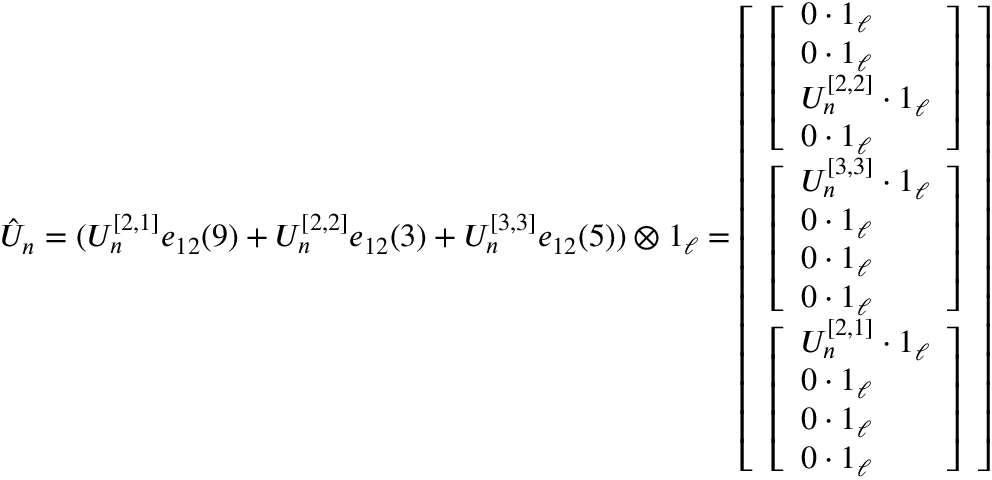
\begin{array} { r } { \hat { U } _ { n } = ( U _ { n } ^ { [ 2 , 1 ] } e _ { 1 2 } ( 9 ) + U _ { n } ^ { [ 2 , 2 ] } e _ { 1 2 } ( 3 ) + U _ { n } ^ { [ 3 , 3 ] } e _ { 1 2 } ( 5 ) ) \otimes 1 _ { \ell } = \left[ \begin{array} { l } { \left[ \begin{array} { l } { 0 \cdot 1 _ { \ell } } \\ { 0 \cdot 1 _ { \ell } } \\ { U _ { n } ^ { [ 2 , 2 ] } \cdot 1 _ { \ell } } \\ { 0 \cdot 1 _ { \ell } } \end{array} \right] } \\ { \left[ \begin{array} { l } { U _ { n } ^ { [ 3 , 3 ] } \cdot 1 _ { \ell } } \\ { 0 \cdot 1 _ { \ell } } \\ { 0 \cdot 1 _ { \ell } } \\ { 0 \cdot 1 _ { \ell } } \end{array} \right] } \\ { \left[ \begin{array} { l } { U _ { n } ^ { [ 2 , 1 ] } \cdot 1 _ { \ell } } \\ { 0 \cdot 1 _ { \ell } } \\ { 0 \cdot 1 _ { \ell } } \\ { 0 \cdot 1 _ { \ell } } \end{array} \right] } \end{array} \right] } \end{array}